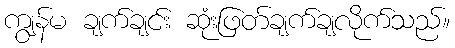
ကျွန်မ ချက်ချင်း ဆုံးဖြတ်ချက်ချလိုက်သည်။